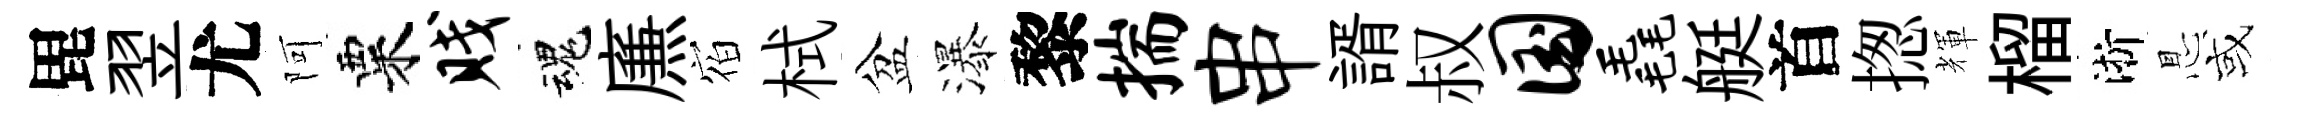
毘翌尤阿粟贱魂㢘𪧐栻盆瀑黎揣串諝叔国毳艇首揔輝榴淅㤙或